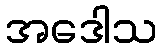
အဒေါသ